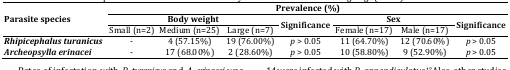
<table><thead><tr><td rowspan="3"><b>Parasite species</b></td><td colspan="7"><b>Prevalence (%)</b></td></tr><tr><td colspan="3"><b>Body weight</b></td><td rowspan="2"><b>Significance</b></td><td colspan="2"><b>Sex</b></td><td rowspan="2"><b>Significance</b></td></tr><tr><td><b>Small (n=2)</b></td><td><b>Medium (n=25)</b></td><td><b>Large (n=7)</b></td><td><b>Female (n=17)</b></td><td><b>Male (n=17)</b></td></tr></thead><tbody><tr><td><b><i>Rhipicephalus turanicus</i></b></td><td>-</td><td>4 (57.15%)</td><td>19 (76.00%)</td><td><i>p</i> &gt; 0.05</td><td>11 (64.70%)</td><td>12 (70.60%)</td><td><i>p</i> &gt; 0.05</td></tr><tr><td><b>Archeopsylla erinacei</b></td><td>-</td><td>17 (68.00%)</td><td>2 (28.60%)</td><td><i>p</i> &gt; 0.05</td><td>10 (58.80%)</td><td>9 (52.90%)</td><td><i>p</i> &gt; 0.05</td></tr></tbody></table>